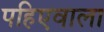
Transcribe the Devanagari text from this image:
पहिएवाला